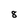
Character: 8